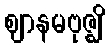
ဈာနမဗုဇ္ဈိ